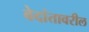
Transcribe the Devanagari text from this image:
वेदांतावरील